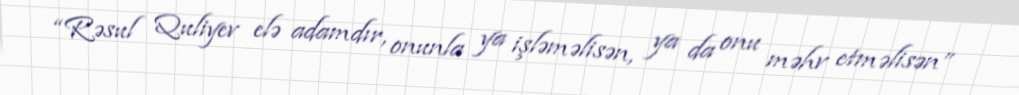
“Rəsul Quliyev elə adamdır, onunla ya işləməlisən, ya da onu məhv etməlisən”